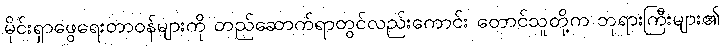
မိုင်းရှာဖွေရေးတာဝန်များကို တည်ဆောက်ရာတွင်လည်းကောင်း တောင်သူတို့က ဘုရားကြီးများ၏